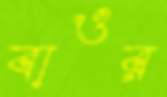
বাওর